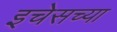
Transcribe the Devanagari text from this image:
इचेसच्या